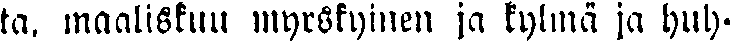
ta, maaliskuu myrskyinen ja kylmä ja huh-